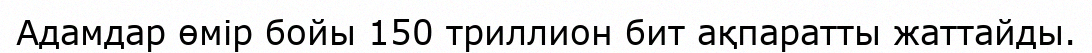
Адамдар өмір бойы 150 триллион бит ақпаратты жаттайды.